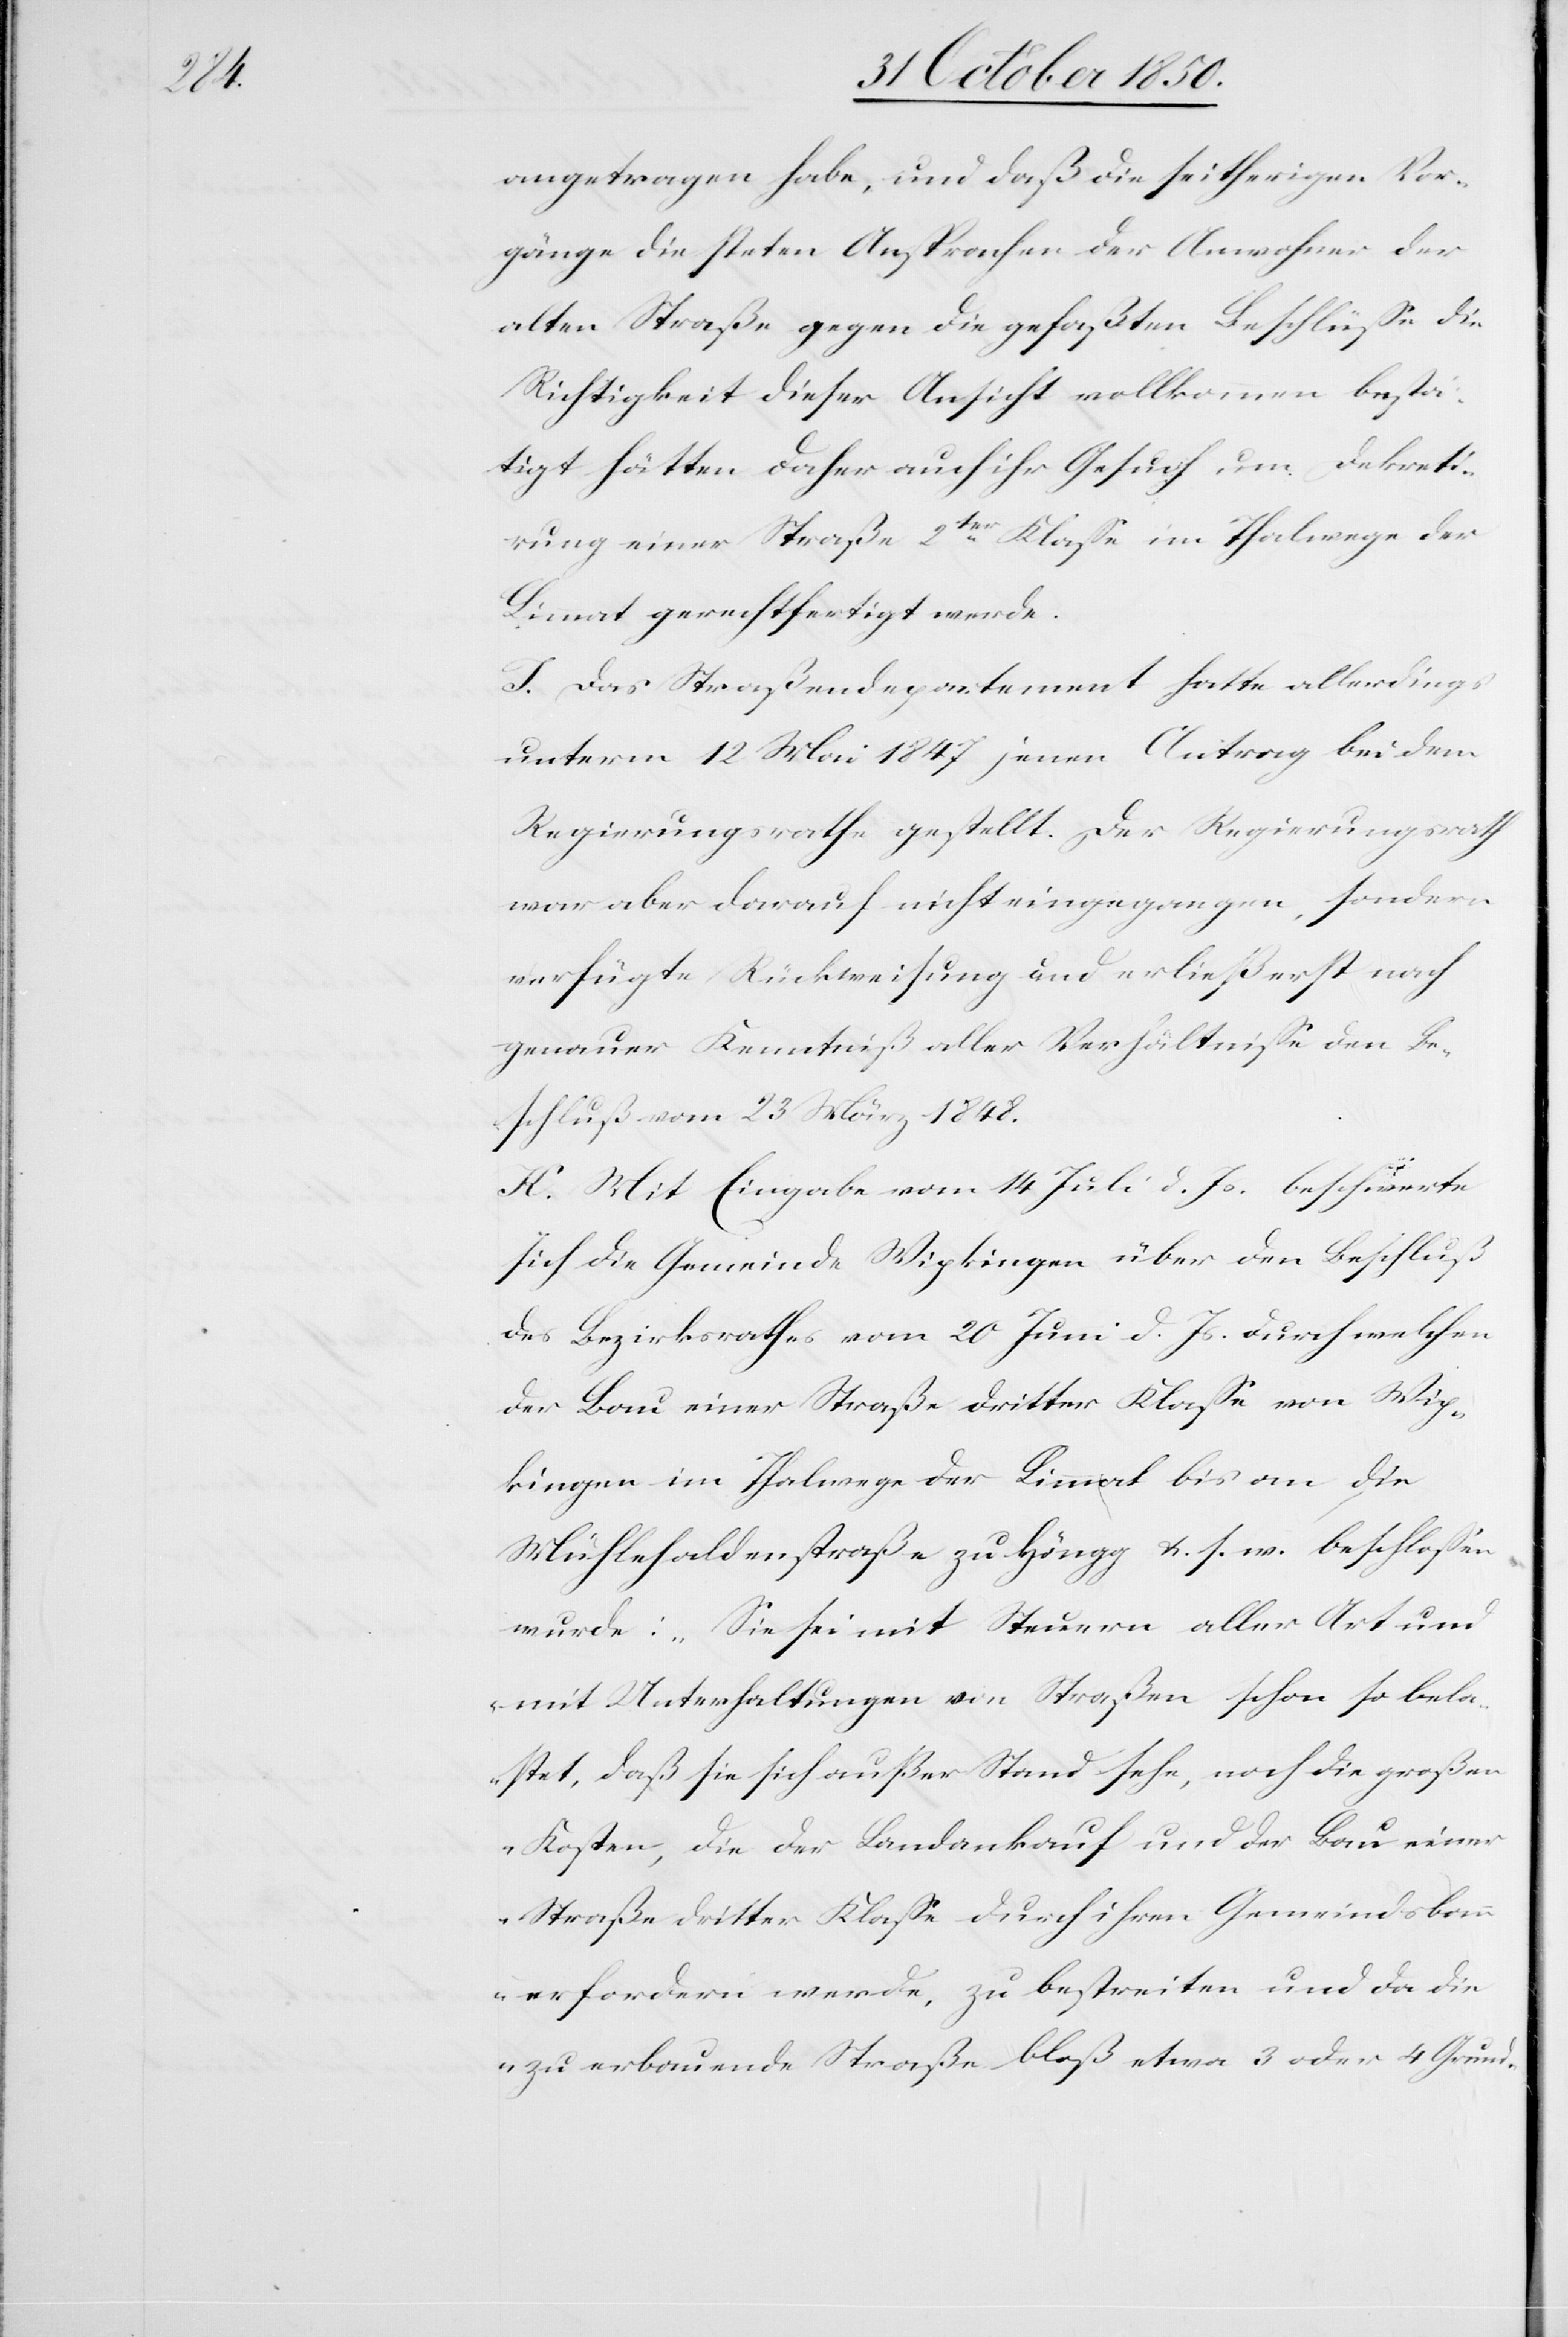
angetragen habe, und daß die seitherigen Vor¬
gänge die steten Ansprachen der Anwohner der
alten Straße gegen die gefaßten Beschlüsse die
Richtigkeit dieser Ansicht vollkommen bestä¬
tigt hätten daher auch ihr Gesuch um Dekreti¬
rung einer Straße 2ter Klasse im Thalwege der
Limmat gerechtfertigt werde.
J. Das Straßendepartement hatte allerdings
unterm 12 Mai 1847 jenen Antrag bei dem
Regierungsrathe gestellt. Der Regierungsrath
war aber darauf nicht eingegangen, sondern
verfügte Rückweisung und erließ erst nach
genauer Kenntniß aller Verhältnisse den Be¬
schluß vom 23 März 1848.
K. Mit Eingabe vom 14 Juli d. Js. beschwerte
sich die Gemeinde Wipkingen über den Beschluß
des Bezirksrathes vom 20 Juni d. Js. durch welchen
der Bau einer Straße dritter Klasse von Wip¬
kingen im Thalwege der Limmat bis an die
Mühlehaldenstraße zu Höngg &. s. w. beschlossen
wurde: „Sie sei mit Steuern aller Art und
mit Unterhaltungen von Straßen schon so bela¬
stet, daß sie sich außer Stand sehe, noch die großen
Kosten, die der Landankauf und der Bau einer
Straße dritter Klasse durch ihren Gemeindsban¬
n erfordern werde, zu bestreiten und da die
zu erbauende Straße bloß etwa 3 oder 4 Grund-